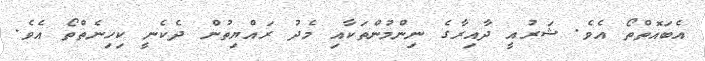
އެބައޮތްތޯ އެވެ. ޝަރުއީ ދާއިރާގެ ނިންމުންތަކާއި މެދު ރައްޔިތުން ދެކެނީ ކިހިނެތްތޯ އެވެ.